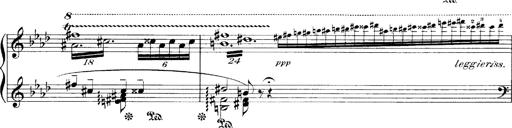
Title: LiebestrÃ¤ume
Composer: Franz Behr
Key: E-flat major